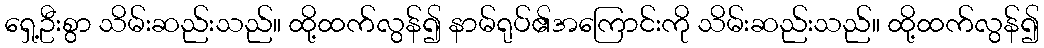
ရှေ့ဦးစွာ သိမ်းဆည်းသည်။ ထို့ထက်လွန်၍ နာမ်ရုပ်၏အကြောင်းကို သိမ်းဆည်းသည်။ ထို့ထက်လွန်၍